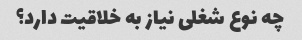
چه نوع شغلی نیاز به خلاقیت دارد؟